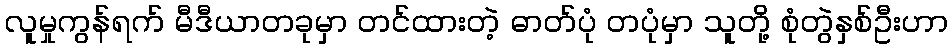
လူမှုကွန်ရက် မီဒီယာတခုမှာ တင်ထားတဲ့ ဓာတ်ပုံ တပုံမှာ သူတို့ စုံတွဲနှစ်ဦးဟာ